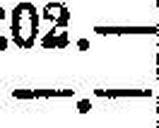
—.—